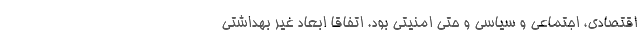
اقتصادی، اجتماعی و سیاسی و حتی امنیتی بود. اتفاقاً ابعاد غیر بهداشتی